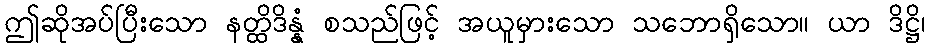
ဤဆိုအပ်ပြီးသော နတ္ထိဒိန္နံ စသည်ဖြင့် အယူမှားသော သဘောရှိသော။ ယာ ဒိဋ္ဌိ၊